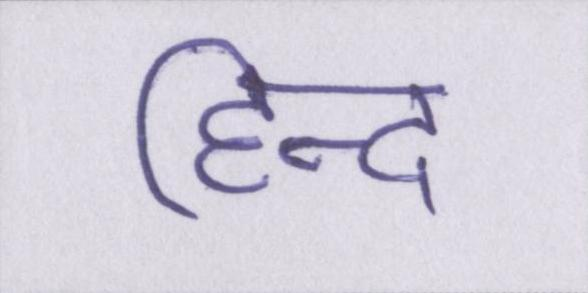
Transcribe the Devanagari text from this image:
हिन्द